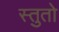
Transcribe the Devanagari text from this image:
स्तुतो